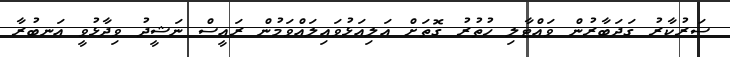
ސަރުކާރު ގަދަބާރުން ވައްޓާލި ހުތުރު ގޮތަށް އަލިއަޅުވައިލައްވަމުން ރައީސް ނަޝީދު ވިދާޅުވީ އަނބުރާ